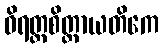
ဝိရတ္တစိတ္တာယတိကေ